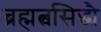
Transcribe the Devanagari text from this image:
ब्रह्मत्वसिद्ध्यै